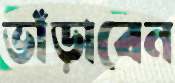
ভাঁড়াবেন